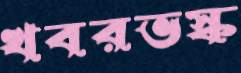
খবরভস্ক